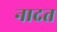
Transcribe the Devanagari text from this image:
नादत